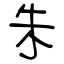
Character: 朱